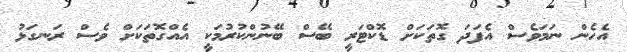
އެހެން ނަމަވެސް އެފަދަ ގޮތަކަށް ޑޮކްޓަރީ ބޭސް ބޭނުންކުރުމަކީ އެއްގޮތަކަށް ވެސް ރަނގަޅު